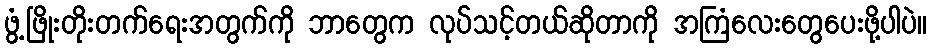
ဖွံ့ဖြိုးတိုးတက်ရေးအတွက်ကို ဘာတွေက လုပ်သင့်တယ်ဆိုတာကို အကြံလေးတွေပေးဖို့ပါပဲ။